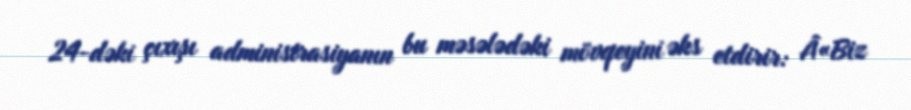
24-dəki çıxışı administrasiyanın bu məsələdəki mövqeyini əks etdirir: Â«Biz